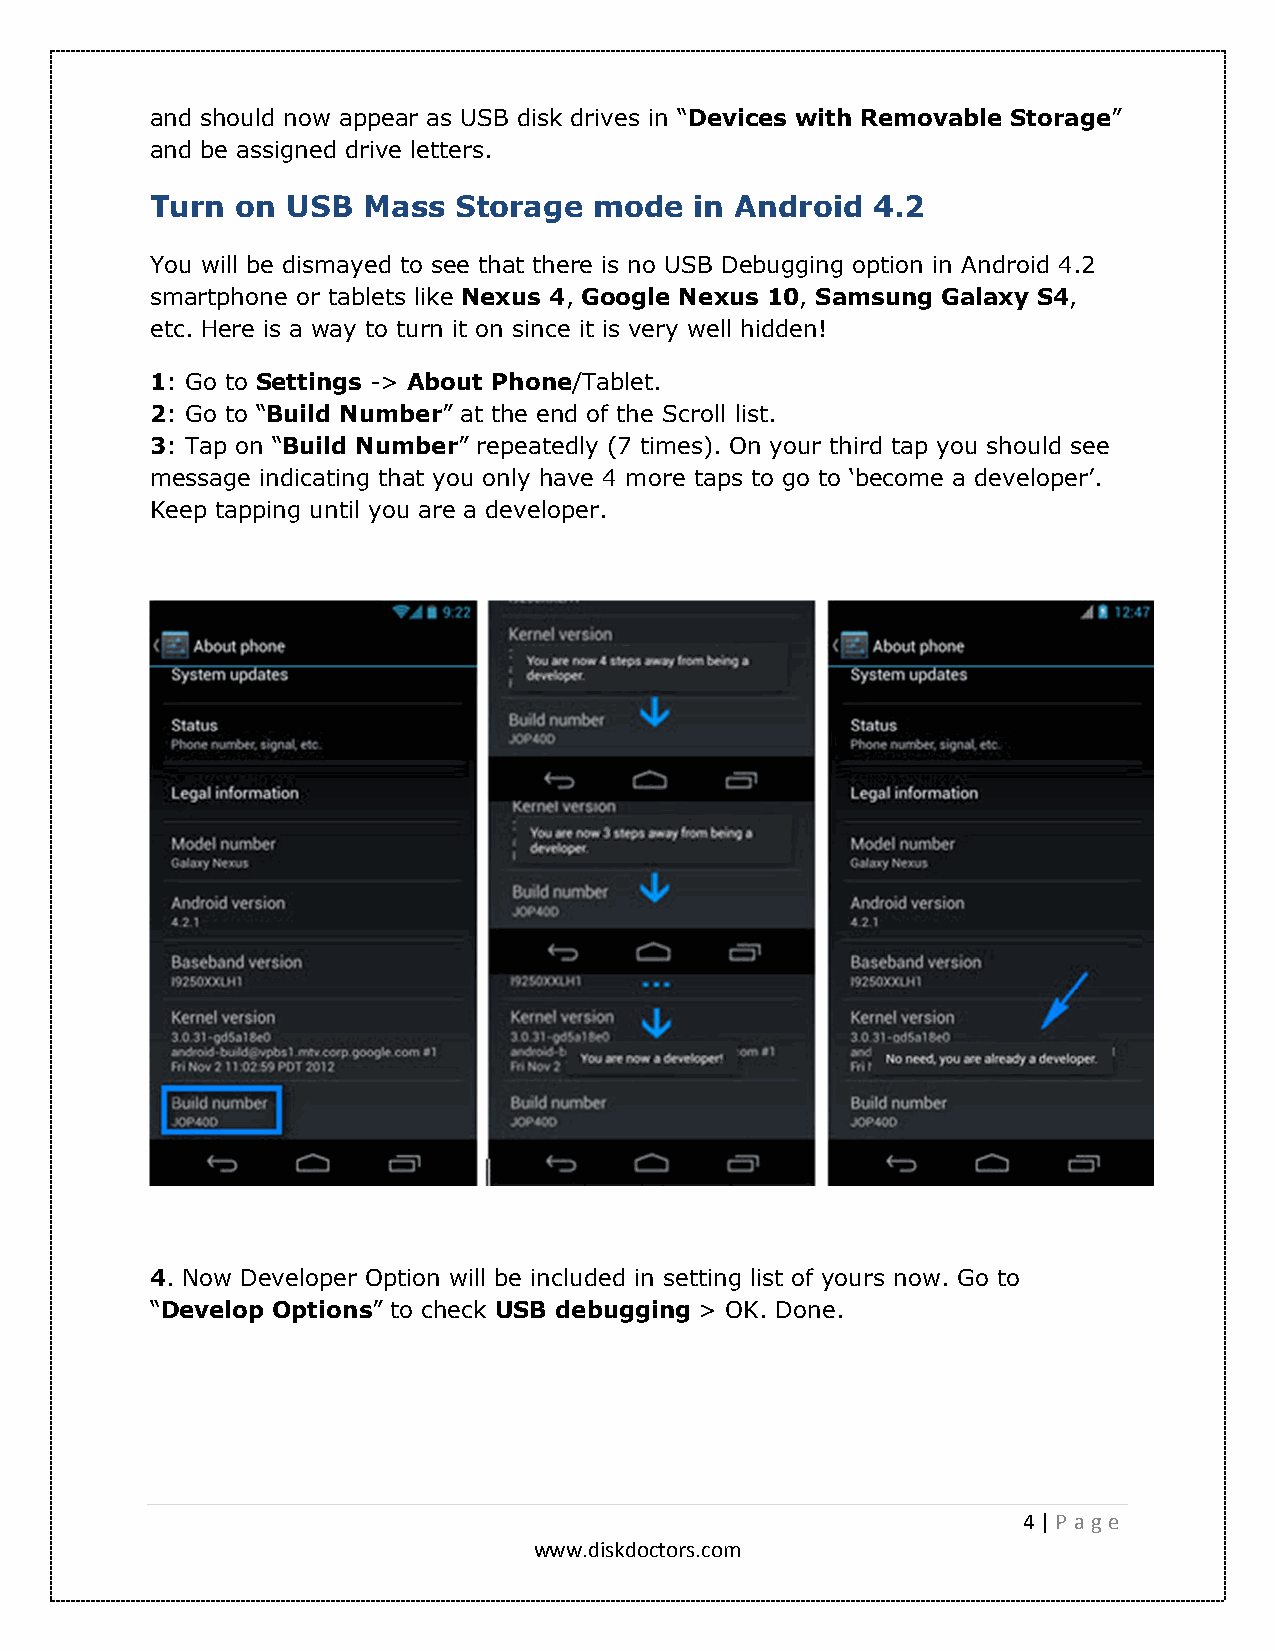
and should now appear as USB disk drives in “Devices with Removable Storage”
 and be assigned drive letters.
 Turn  on USB  Mass  Storage  mode   in Android  4.2
 You will be dismayed to see that there is no USB Debugging option in Android 4.2
 smartphone or tablets like Nexus 4, Google Nexus 10, Samsung Galaxy S4,
 etc. Here is a way to turn it on since it is very well hidden!
 1: Go to Settings -> About Phone/Tablet.
 2: Go to “Build Number” at the end of the Scroll list.
 3: Tap on “Build Number” repeatedly (7 times). On your third tap you should see
 message indicating that you only have 4 more taps to go to ‘become a developer’.
 Keep tapping until you are a developer.
 4. Now Developer Option will be included in setting list of yours now. Go to
 “Develop Options” to check USB debugging > OK. Done.
 4 | P a ge
 www.diskdoctors.com